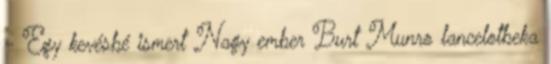
- Egy kevésbé ismert Nagy ember Burt Munro lancelotbeka